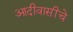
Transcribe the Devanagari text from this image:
आदीवासींचे